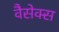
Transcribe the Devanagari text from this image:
वैसेक्स